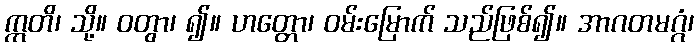
ဣတိ၊ သို့။ ဝတွာ၊ ၍။ ဟတ္တော၊ ဝမ်းမြောက် သည်ဖြစ်၍။ အာဂတမဂ္ဂံ၊